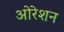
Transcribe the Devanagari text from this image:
ओरेशन